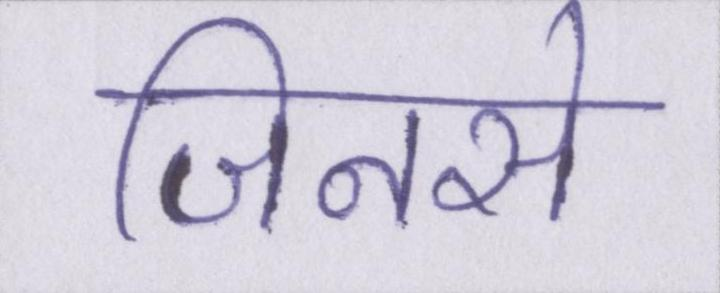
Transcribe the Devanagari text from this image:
जिनसे